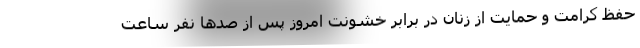
حفظ کرامت و حمایت از زنان در برابر خشونت امروز پس از صدها نفر ساعت